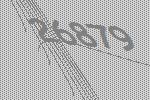
26879